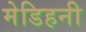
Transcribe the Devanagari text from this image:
मेडिहनी